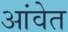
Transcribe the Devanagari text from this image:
आंवेत